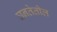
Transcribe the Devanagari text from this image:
घनतेतील